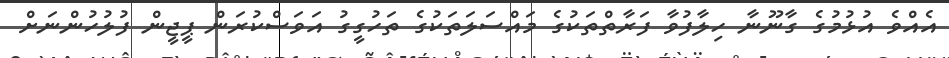
އެއްވެ އުޅުމުގެ ގާނޫނާ ހިލާފުވާ ފަރާތްތަކުގެ މައްސަލަތަކުގެ ތަހުގީގު އަވަސްކުރަން ޕީޖީން ފުލުހުންނަށް